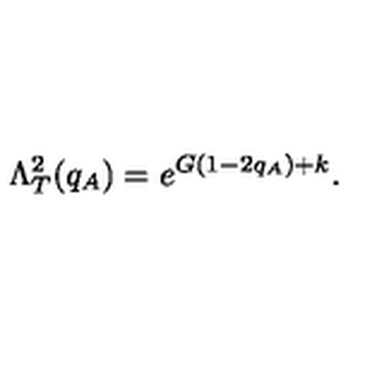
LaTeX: \Lambda _ { T } ^ { 2 } ( q _ { A } ) = e ^ { G ( 1 - 2 q _ { A } ) + k } .